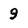
Character: 9